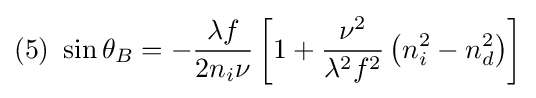
(5)\ \sin \theta _{B}=-{\frac {\lambda f}{2n_{i}\nu }}\left[1+{\frac {\nu ^{2}}{\lambda ^{2}f^{2}}}\left(n_{i}^{2}-n_{d}^{2}\right)\right]